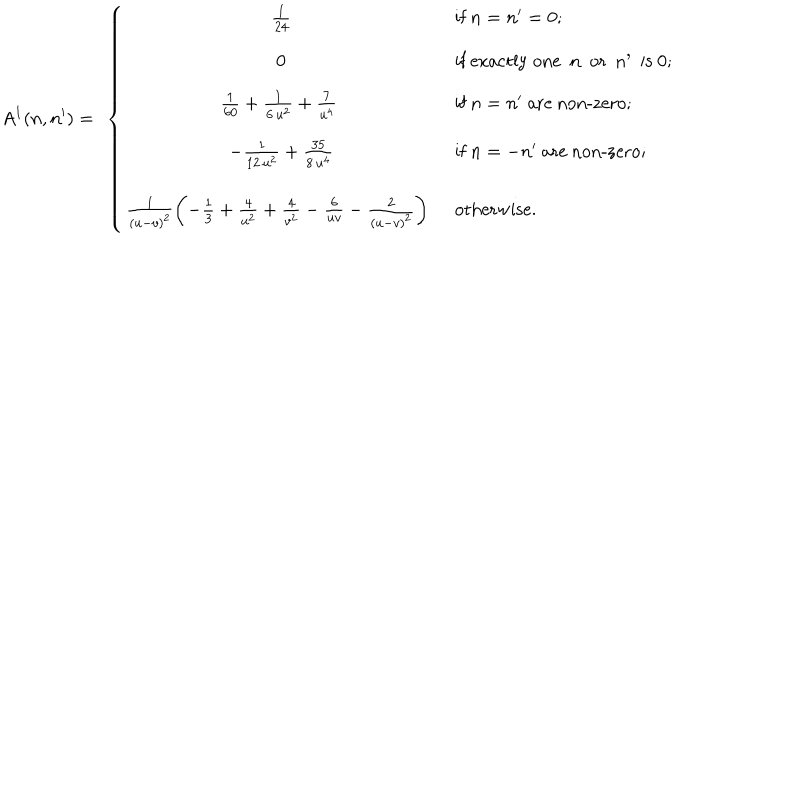
LaTeX: A ^ { 1 } ( n , n ^ { \prime } ) = \ \left\{ \begin{array} { c l } { { \frac { 1 } { 2 4 } } } & { { \textrm { i f } n = n ^ { \prime } = 0 ; } } \\ { { 0 } } & { { \textrm { i f e x a c t l y o n e n o r n ^ { \prime } i s 0 } ; } } \\ { { \frac { 1 } { 6 0 } + \frac { 1 } { 6 \, u ^ { 2 } } + \frac { 7 } { u ^ { 4 } } \ } } & { { \textrm { i f } n = n ^ { \prime } \textrm { a r e n o n - z e r o } ; } } \\ { { - \frac { 1 } { 1 2 \, u ^ { 2 } } + \frac { 3 5 } { 8 \, u ^ { 4 } } } } & { { \textrm { i f } n = - n ^ { \prime } \textrm { a r e n o n - z e r o } ; } } \\ { { \frac { 1 } { ( u - v ) ^ { 2 } } \left( - \frac { 1 } { 3 } + \frac { 4 } { u ^ { 2 } } + \frac { 4 } { v ^ { 2 } } - \frac { 6 } { u v } - \frac { 2 } { ( u - v ) ^ { 2 } } \right) \ } } & { { \textrm { o t h e r w i s e . } } } \\ \end{array} \right.